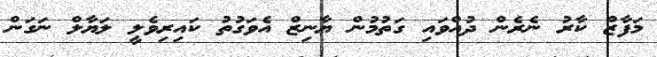
މަފާޒް ކާރު ނެރެން ދުއްވައި ގަތުމުން ޔާނިޒް އެވަގުތު ކައިރިވެލީ ލަޔާލް ނަގަން